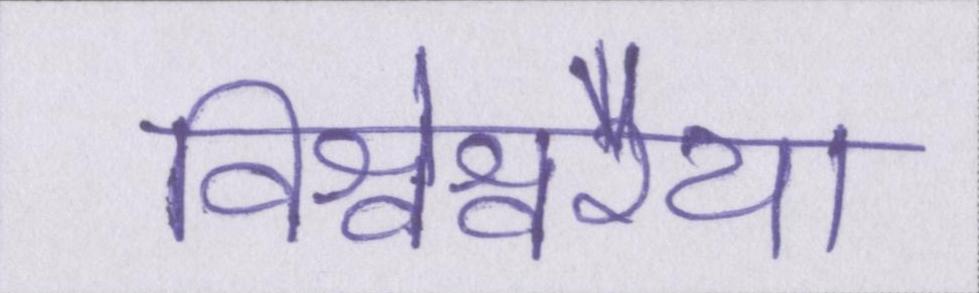
विश्वेश्वरैया